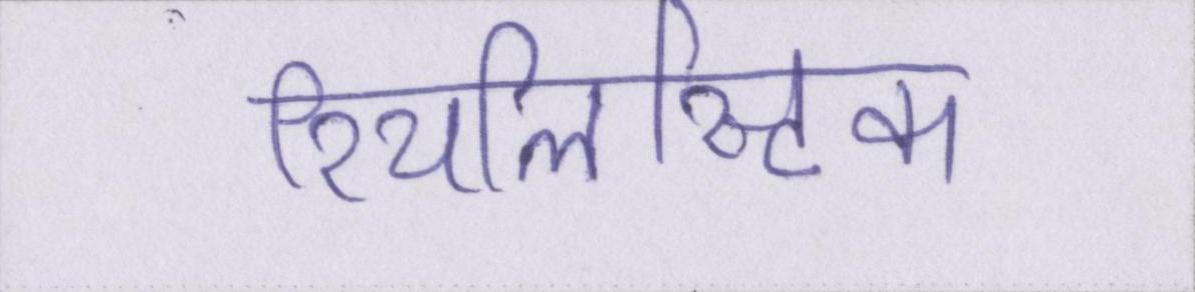
रियलिस्टिक